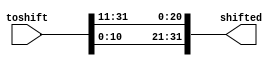
module shifter_11(toshift, shifted);

input [31:0]toshift;
output [31:0]shifted;
//reg [31:0]shifted;
assign shifted[21] = toshift[0];                                                                                                                                                                                                                        
assign shifted[22] = toshift[1];                                                                                                                                                                                                                        
assign shifted[23] = toshift[2];                                                                                                                                                                                                                        
assign shifted[24] = toshift[3];                                                                                                                                                                                                                        
assign shifted[25] = toshift[4];                                                                                                                                                                                                                        
assign shifted[26] = toshift[5];                                                                                                                                                                                                                        
assign shifted[27] = toshift[6];                                                                                                                                                                                                                        
assign shifted[28] = toshift[7];                                                                                                                                                                                                                        
assign shifted[29] = toshift[8];                                                                                                                                                                                                                        
assign shifted[30] = toshift[9];                                                                                                                                                                                                                        
assign shifted[31] = toshift[10];                                                                                                                                                                                                                       
assign shifted[0] = toshift[11];                                                                                                                                                                                                                        
assign shifted[1] = toshift[12];                                                                                                                                                                                                                        
assign shifted[2] = toshift[13];                                                                                                                                                                                                                        
assign shifted[3] = toshift[14];                                                                                                                                                                                                                        
assign shifted[4] = toshift[15];                                                                                                                                                                                                                        
assign shifted[5] = toshift[16];                                                                                                                                                                                                                        
assign shifted[6] = toshift[17];                                                                                                                                                                                                                        
assign shifted[7] = toshift[18];                                                                                                                                                                                                                        
assign shifted[8] = toshift[19];                                                                                                                                                                                                                        
assign shifted[9] = toshift[20];                                                                                                                                                                                                                        
assign shifted[10] = toshift[21];                                                                                                                                                                                                                       
assign shifted[11] = toshift[22];                                                                                                                                                                                                                       
assign shifted[12] = toshift[23];                                                                                                                                                                                                                       
assign shifted[13] = toshift[24];                                                                                                                                                                                                                       
assign shifted[14] = toshift[25];                                                                                                                                                                                                                       
assign shifted[15] = toshift[26];                                                                                                                                                                                                                       
assign shifted[16] = toshift[27];                                                                                                                                                                                                                       
assign shifted[17] = toshift[28];                                                                                                                                                                                                                       
assign shifted[18] = toshift[29];                                                                                                                                                                                                                       
assign shifted[19] = toshift[30];                                                                                                                                                                                                                       
assign shifted[20] = toshift[31];

/*always @(*)
begin
	if (5'd31>11)
		shifted[31-11] = toshift[31];	
	else if(5'd31<11)
		shifted[31+31-11] = toshift[31];
	else
		shifted[0] = toshift[31];
end
always @(*)
begin
	if (5'd30>11)
		shifted[30-11] = toshift[30];	
	else if(5'd30<11)
		shifted[30+31-11] = toshift[30];
	else
		shifted[0] = toshift[30];
end
always @(*)
begin
	if (5'd29>11)
		shifted[29-11] = toshift[29];	
	else if(5'd29<11)
		shifted[29+31-11] = toshift[29];
	else
		shifted[0] = toshift[29];
end
always @(*)
begin
	if (5'd28>11)
		shifted[28-11] = toshift[28];	
	else if(5'd28<11)
		shifted[28+31-11] = toshift[28];
	else
		shifted[0] = toshift[28];
end
always @(*)
begin
	if (5'd27>11)
		shifted[27-11] = toshift[27];	
	else if(5'd27<11)
		shifted[27+31-11] = toshift[27];
	else
		shifted[0] = toshift[27];
end
always @(*)
begin
	if (5'd26>11)
		shifted[26-11] = toshift[26];	
	else if(5'd26<11)
		shifted[26+31-11] = toshift[26];
	else
		shifted[0] = toshift[26];
end
always @(*)
begin
	if (5'd25>11)
		shifted[25-11] = toshift[25];	
	else if(5'd25<11)
		shifted[25+31-11] = toshift[25];
	else
		shifted[0] = toshift[25];
end
always @(*)
begin
	if (5'd24>11)
		shifted[24-11] = toshift[24];	
	else if(5'd24<11)
		shifted[24+31-11] = toshift[24];
	else
		shifted[0] = toshift[24];
end
always @(*)
begin
	if (5'd23>11)
		shifted[23-11] = toshift[23];	
	else if(5'd23<11)
		shifted[23+31-11] = toshift[23];
	else
		shifted[0] = toshift[23];
end
always @(*)
begin
	if (5'd22>11)
		shifted[22-11] = toshift[22];	
	else if(5'd22<11)
		shifted[22+31-11] = toshift[22];
	else
		shifted[0] = toshift[22];
end
always @(*)
begin
	if (5'd21>11)
		shifted[21-11] = toshift[21];	
	else if(5'd21<11)
		shifted[21+31-11] = toshift[21];
	else
		shifted[0] = toshift[21];
end
always @(*)
begin
	if (5'd20>11)
		shifted[20-11] = toshift[20];	
	else if(5'd20<11)
		shifted[20+31-11] = toshift[20];
	else
		shifted[0] = toshift[20];
end
always @(*)
begin
	if (5'd19>11)
		shifted[19-11] = toshift[19];	
	else if(5'd19<11)
		shifted[19+31-11] = toshift[19];
	else
		shifted[0] = toshift[19];
end
always @(*)
begin
	if (5'd18>11)
		shifted[18-11] = toshift[18];	
	else if(5'd18<11)
		shifted[18+31-11] = toshift[18];
	else
		shifted[0] = toshift[18];
end
always @(*)
begin
	if (5'd17>11)
		shifted[17-11] = toshift[17];	
	else if(5'd17<11)
		shifted[17+31-11] = toshift[17];
	else
		shifted[0] = toshift[17];
end
always @(*)
begin
	if (5'd16>11)
		shifted[16-11] = toshift[16];	
	else if(5'd16<11)
		shifted[16+31-11] = toshift[16];
	else
		shifted[0] = toshift[16];
end
always @(*)
begin
	if (5'd15>11)
		shifted[15-11] = toshift[15];	
	else if(5'd15<11)
		shifted[15+31-11] = toshift[15];
	else
		shifted[0] = toshift[15];
end
always @(*)
begin
	if (5'd14>11)
		shifted[14-11] = toshift[14];	
	else if(5'd14<11)
		shifted[14+31-11] = toshift[14];
	else
		shifted[0] = toshift[14];
end
always @(*)
begin
	if (5'd13>11)
		shifted[13-11] = toshift[13];	
	else if(5'd13<11)
		shifted[13+31-11] = toshift[13];
	else
		shifted[0] = toshift[13];
end
always @(*)
begin
	if (5'd12>11)
		shifted[12-11] = toshift[12];	
	else if(5'd12<11)
		shifted[12+31-11] = toshift[12];
	else
		shifted[0] = toshift[12];
end
always @(*)
begin
	if (5'd11>11)
		shifted[11-11] = toshift[11];	
	else if(5'd11<11)
		shifted[11+31-11] = toshift[11];
	else
		shifted[0] = toshift[11];
end
always @(*)
begin
	if (5'd10>11)
		shifted[10-11] = toshift[10];	
	else if(5'd10<11)
		shifted[10+31-11] = toshift[10];
	else
		shifted[0] = toshift[10];
end
always @(*)
begin
	if (5'd9>11)
		shifted[9-11] = toshift[9];	
	else if(5'd9<11)
		shifted[9+31-11] = toshift[9];
	else
		shifted[0] = toshift[9];
end
always @(*)
begin
	if (5'd8>11)
		shifted[8-11] = toshift[8];	
	else if(5'd8<11)
		shifted[8+31-11] = toshift[8];
	else
		shifted[0] = toshift[8];
end
always @(*)
begin
	if (5'd7>11)
		shifted[7-11] = toshift[7];	
	else if(5'd7<11)
		shifted[7+31-11] = toshift[7];
	else
		shifted[0] = toshift[7];
end
always @(*)
begin
	if (5'd6>11)
		shifted[6-11] = toshift[6];	
	else if(5'd6<11)
		shifted[6+31-11] = toshift[6];
	else
		shifted[0] = toshift[6];
end
always @(*)
begin
	if (5'd5>11)
		shifted[5-11] = toshift[5];	
	else if(5'd5<11)
		shifted[5+31-11] = toshift[5];
	else
		shifted[0] = toshift[5];
end
always @(*)
begin
	if (5'd4>11)
		shifted[4-11] = toshift[4];	
	else if(5'd4<11)
		shifted[4+31-11] = toshift[4];
	else
		shifted[0] = toshift[4];
end
always @(*)
begin
	if (5'd3>11)
		shifted[3-11] = toshift[3];	
	else if(5'd3<11)
		shifted[3+31-11] = toshift[3];
	else
		shifted[0] = toshift[3];
end
always @(*)
begin
	if (5'd2>11)
		shifted[2-11] = toshift[2];	
	else if(5'd2<11)
		shifted[2+31-11] = toshift[2];
	else
		shifted[0] = toshift[2];
end
always @(*)
begin
	if (5'd1>11)
		shifted[1-11] = toshift[1];	
	else if(5'd1<11)
		shifted[1+31-11] = toshift[1];
	else
		shifted[0] = toshift[1];
end
always @(*)
begin
	if (5'd0>11)
		shifted[0-11] = toshift[0];	
	else if(5'd0<11)
		shifted[0+31-11] = toshift[0];
	else
		shifted[0] = toshift[0];
end*/

endmodule